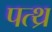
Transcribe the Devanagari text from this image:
पत्थ्र